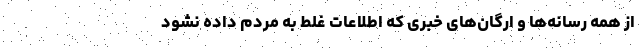
از همه رسانه‌ها و ارگان‌های خبری که اطلاعات غلط به مردم داده نشود